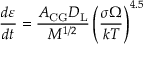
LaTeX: { \frac { d \varepsilon } { d t } } = { \frac { A _ { \mathrm { { C G } } } D _ { \mathrm { { L } } } } { M ^ { 1 / 2 } } } \left( { \frac { \sigma \Omega } { k T } } \right) ^ { 4 . 5 }